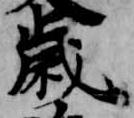
歳